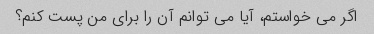
اگر می خواستم، آیا می توانم آن را برای من پست کنم؟